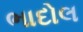
ભાદોલ